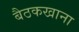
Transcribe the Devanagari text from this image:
बैठकखाना